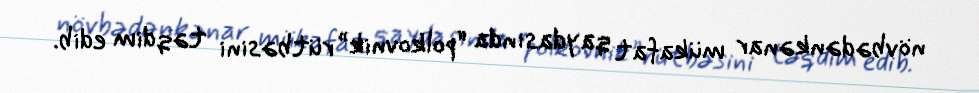
növbədənkənar mükafat qaydasında “polkovnik” rütbəsini təqdim edib.